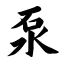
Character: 泵